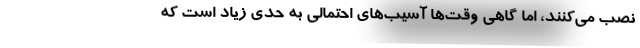
نصب می‌کنند، اما گاهی وقت‌ها آسیب‌های احتمالی به حدی زیاد است که